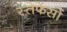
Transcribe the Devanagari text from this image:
स्तेफेंसों